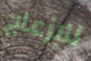
للإزعاج